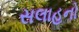
સલાહનો